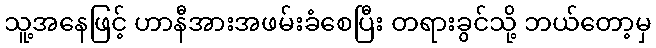
သူ့အနေဖြင့် ဟာနီအားအဖမ်းခံစေပြီး တရားခွင်သို့ ဘယ်တော့မှ